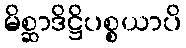
မိစ္ဆာဒိဋ္ဌိပစ္စယာပိ